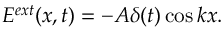
E ^ { e x t } ( x , t ) = - A \delta ( t ) \cos k x .